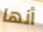
أنها